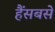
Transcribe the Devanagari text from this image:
हैंसबसे